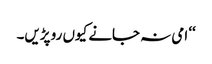
‘‘ امی نہ جانے کیوں رو پڑیں۔